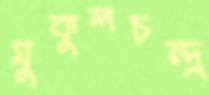
মুকুলচন্দ্র